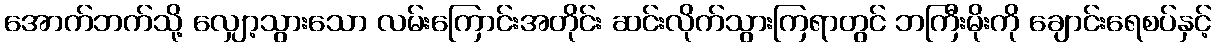
အောက်ဘက်သို့ လျှော့သွားသော လမ်းကြောင်းအတိုင်း ဆင်းလိုက်သွားကြရာတွင် ဘကြီးမိုးကို ချောင်းရေစပ်နှင့်